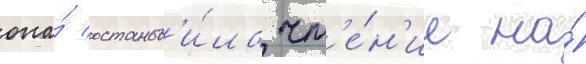
она́ останов'и́ла чт'е́н'ие на́